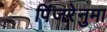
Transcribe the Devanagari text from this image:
पिंजरेनुमा